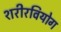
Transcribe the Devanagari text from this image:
शरीरवियोग